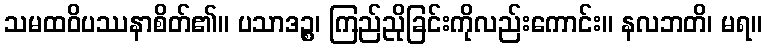
သမထဝိပဿနာစိတ်၏။ ပသာဒဉ္စ၊ ကြည်ညိုခြင်းကိုလည်းကောင်း။ နလဘတိ၊ မရ။